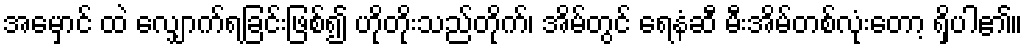
အမှောင် ထဲ လျှောက်ရခြင်းဖြစ်၍ ဟိုတိုးသည်တိုက်၊ အိမ်တွင် ရေနံဆီ မီးအိမ်တစ်လုံးတော့ ရှိပါ၏။